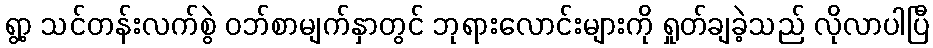
ရွာ့ သင်တန်းလက်စွဲ ဝဘ်စာမျက်နှာတွင် ဘုရားလောင်းများကို ရှုတ်ချခဲ့သည် လိုလာပါပြီ